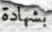
بشهادة